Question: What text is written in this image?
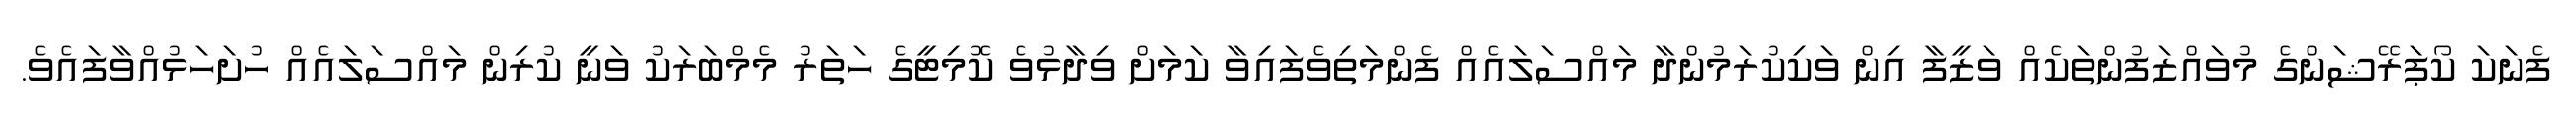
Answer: ފެނަކަ ކޯޕަރޭޝަންގެ މުވައްޒަފުންތަކެއް ވަޒީފާ އިން ވަކިކުރަމުންދާ މައްސަލައެއް ފެންމަތިވެފައިވާ ކަމަށް ވިދާޅުވެ ކޮމިޓީގެ ހަތަރު މެމްބަރަކު ވަނީ ކުރިން މައްސަލައެއް ހުށަހަޅުއްވާފައެވެ.